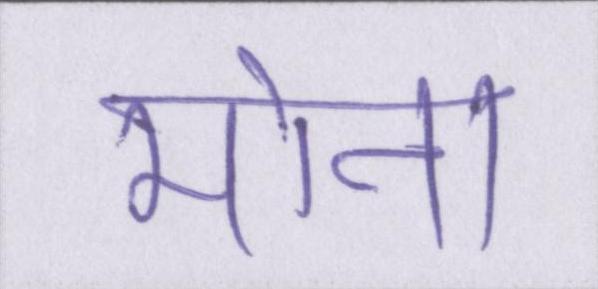
मोना